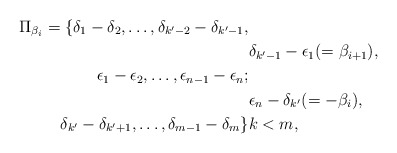
\begin{align*}\Pi_{\beta_i}=\{\delta_1-\delta_2,\ldots, \delta_{k'-2}-\delta_{k'-1}, \cr&\delta_{k'-1}-\epsilon_1(=\beta_{i+1}), \cr \epsilon_1-\epsilon_2,\ldots,\epsilon_{n-1}-\epsilon_n; \cr &\epsilon_n-\delta_{k'}(=-\beta_i),\cr \delta_{k'}-\delta_{k'+1},\ldots,\delta_{m-1}-\delta_m\}& k<m,\end{align*}